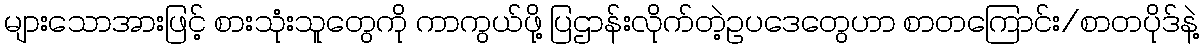
များသောအားဖြင့် စားသုံးသူတွေကို ကာကွယ်ဖို့ ပြဌာန်းလိုက်တဲ့ဥပဒေတွေဟာ စာတကြောင်း/စာတပိုဒ်နဲ့